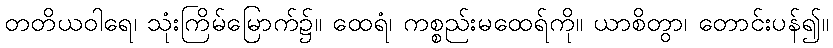
တတိယဝါရေ၊ သုံးကြိမ်မြောက်၌။ ထေရံ၊ ကစ္စည်းမထေရ်ကို။ ယာစိတွာ၊ တောင်းပန်၍။